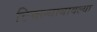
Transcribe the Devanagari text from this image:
टिवल्याबावल्या